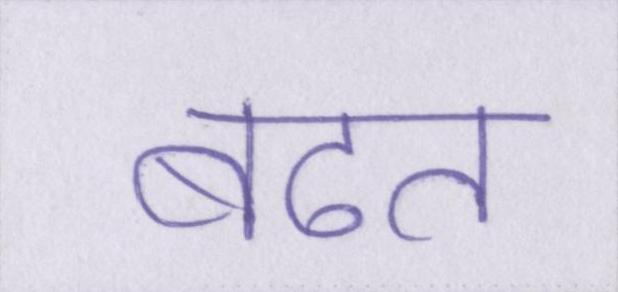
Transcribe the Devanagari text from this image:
बढत